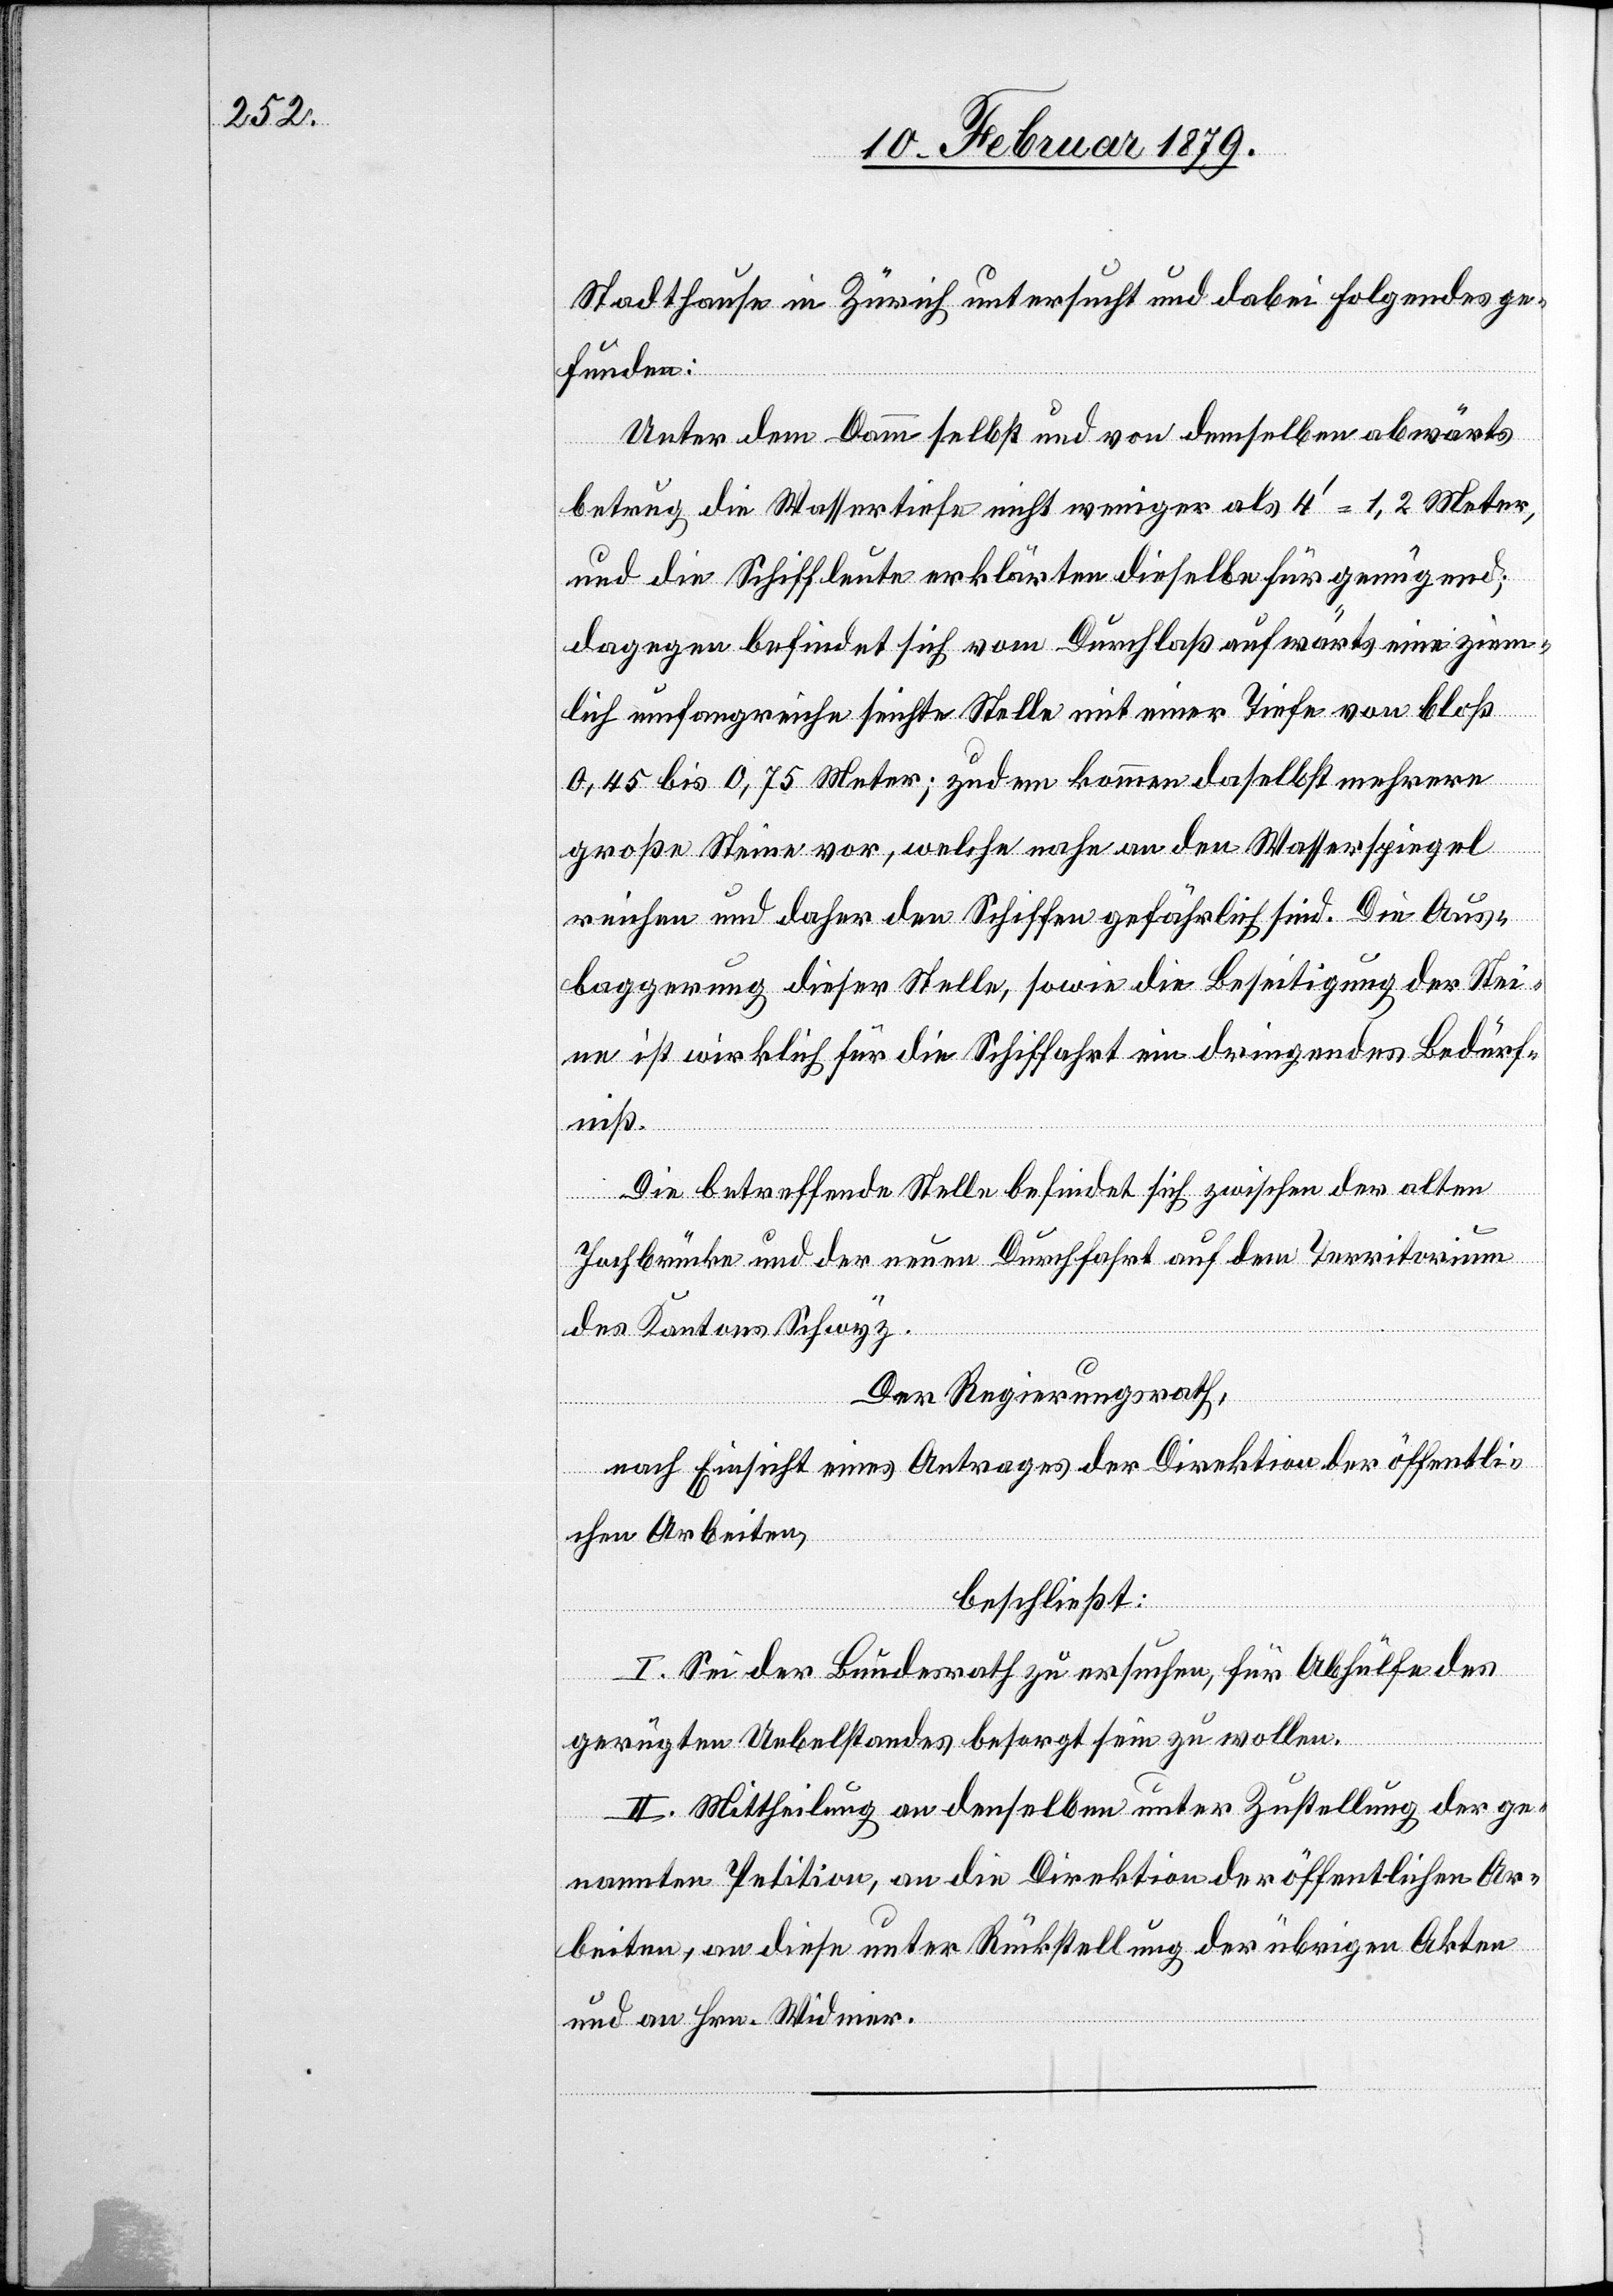
Stadthause in Zürich untersucht und dabei folgendes ge¬
funden:
Unter dem Damm selbst und von demselben abwärts
betrug die Wassertiefe nicht weniger als 4’ = 1,2 Meter,
und die Schiffleute erklärten dieselbe für genügend;
dagegen befindet sich vom Durchlaß aufwärts eine ziem¬
lich umfangreiche seichte Stelle mit einer Tiefe von bloß
0,45 bis 0,75 Meter; zudem kommen daselbst mehrere
große Steine vor, welche nahe an den Wasserspiegel
reichen und daher den Schiffen gefährlich sind. Die Aus¬
baggerung dieser Stelle, sowie die Beseitigung der Stei¬
ne ist wirklich für die Schiffahrt ein dringendes Bedürf¬
niß.
Die betreffende Stelle befindet sich zwischen der alten
Jochbrücke und der neuen Durchfahrt auf dem Territorium
des Kantons Schwyz.
Der Regierungsrath,
nach Einsicht eines Antrages der Direktion der öffentli¬
chen Arbeiten,
beschließt:
I. Sei der Bundesrath zu ersuchen, für Abhülfe des
gerügten Uebelstandes besorgt sein zu wollen.
II. Mittheilung an denselben unter Zustellung der ge¬
nannten Petition, an die Direktion der öffentlichen Ar¬
beiten, an diese unter Rückstellung der übrigen Akten
und an Hrn. Widmer.